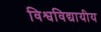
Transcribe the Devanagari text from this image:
विश्वविद्यायीय